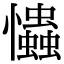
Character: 𢥞